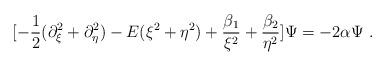
LaTeX: \begin{align*}[ - \frac{1}{2}(\partial^2_{\xi} + \partial^2_{\eta}) -E(\xi^2+\eta^2)+\frac{\beta_1}{\xi^2}+ \frac{\beta_2}{\eta^2}]\Psi= -2\alpha \Psi\ .\end{align*}